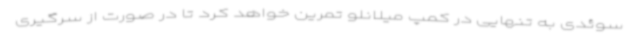
سوئدی به تنهایی در کمپ میلانلو تمرین خواهد کرد تا در صورت از سرگیری